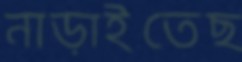
নাড়াইতেছ